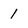
Character: 1